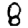
Digit: 8